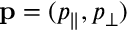
\mathbf { p } = ( p _ { \parallel } , p _ { \perp } )